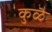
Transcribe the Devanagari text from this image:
कुळै